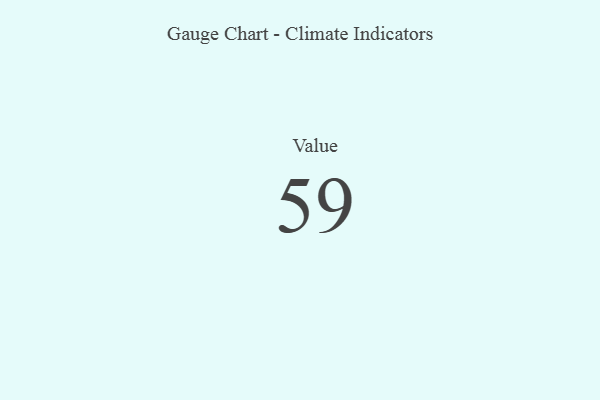
{"axis": {"x": "Metric", "y": "Value"}, "legend": [""], "data": [{"x": "Value", "y": 59, "type": ""}]}